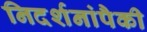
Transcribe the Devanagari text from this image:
निदर्शनांपैकी